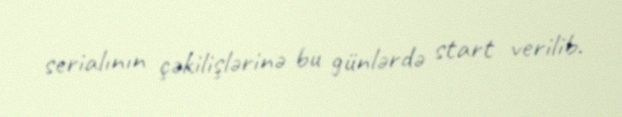
serialının çəkilişlərinə bu günlərdə start verilib.